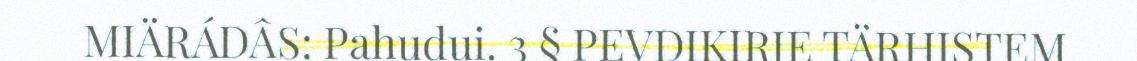
MIÄRÁDÂS: Pahudui. 3 § PEVDIKIRJE TÄRHISTEM